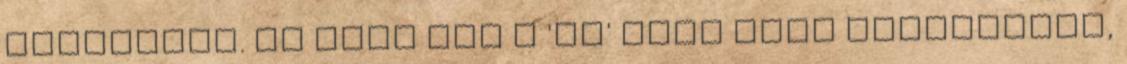
területre. Az árja szó a 'ri' igei gyök származéka,